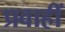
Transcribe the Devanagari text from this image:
प्रवाहीं